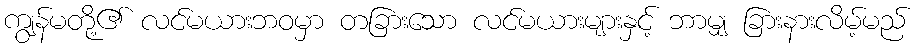
ကျွန်မတို့၏ လင်မယားဘဝမှာ တခြားသော လင်မယားများနှင့် ဘာမျှ ခြားနားလိမ့်မည်